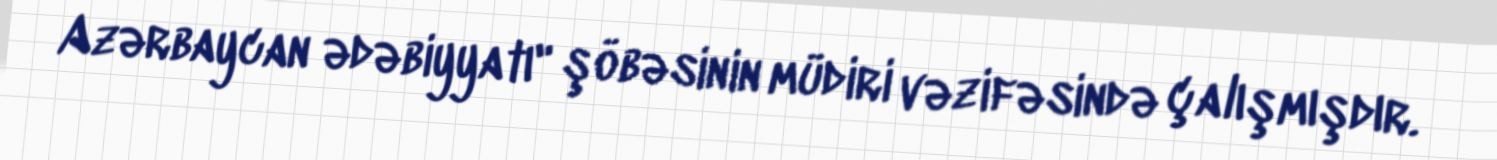
Azərbaycan ədəbiyyatı" şöbəsinin müdiri vəzifəsində çalışmışdır.